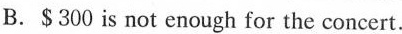
B.$300 is not enough for the concert.